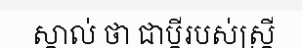
ស្គាល់ ថា ជាប្តីរបស់ស្ត្រី